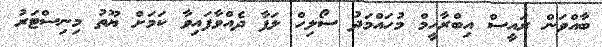
ބާއްވަން ރައީސް އިބްރާހީމް މުހައްމަދު ސޯލިހް ލަފާ ދެއްވާފައިވާ ކަމަށް ޔޫތު މިނިސްޓަރު